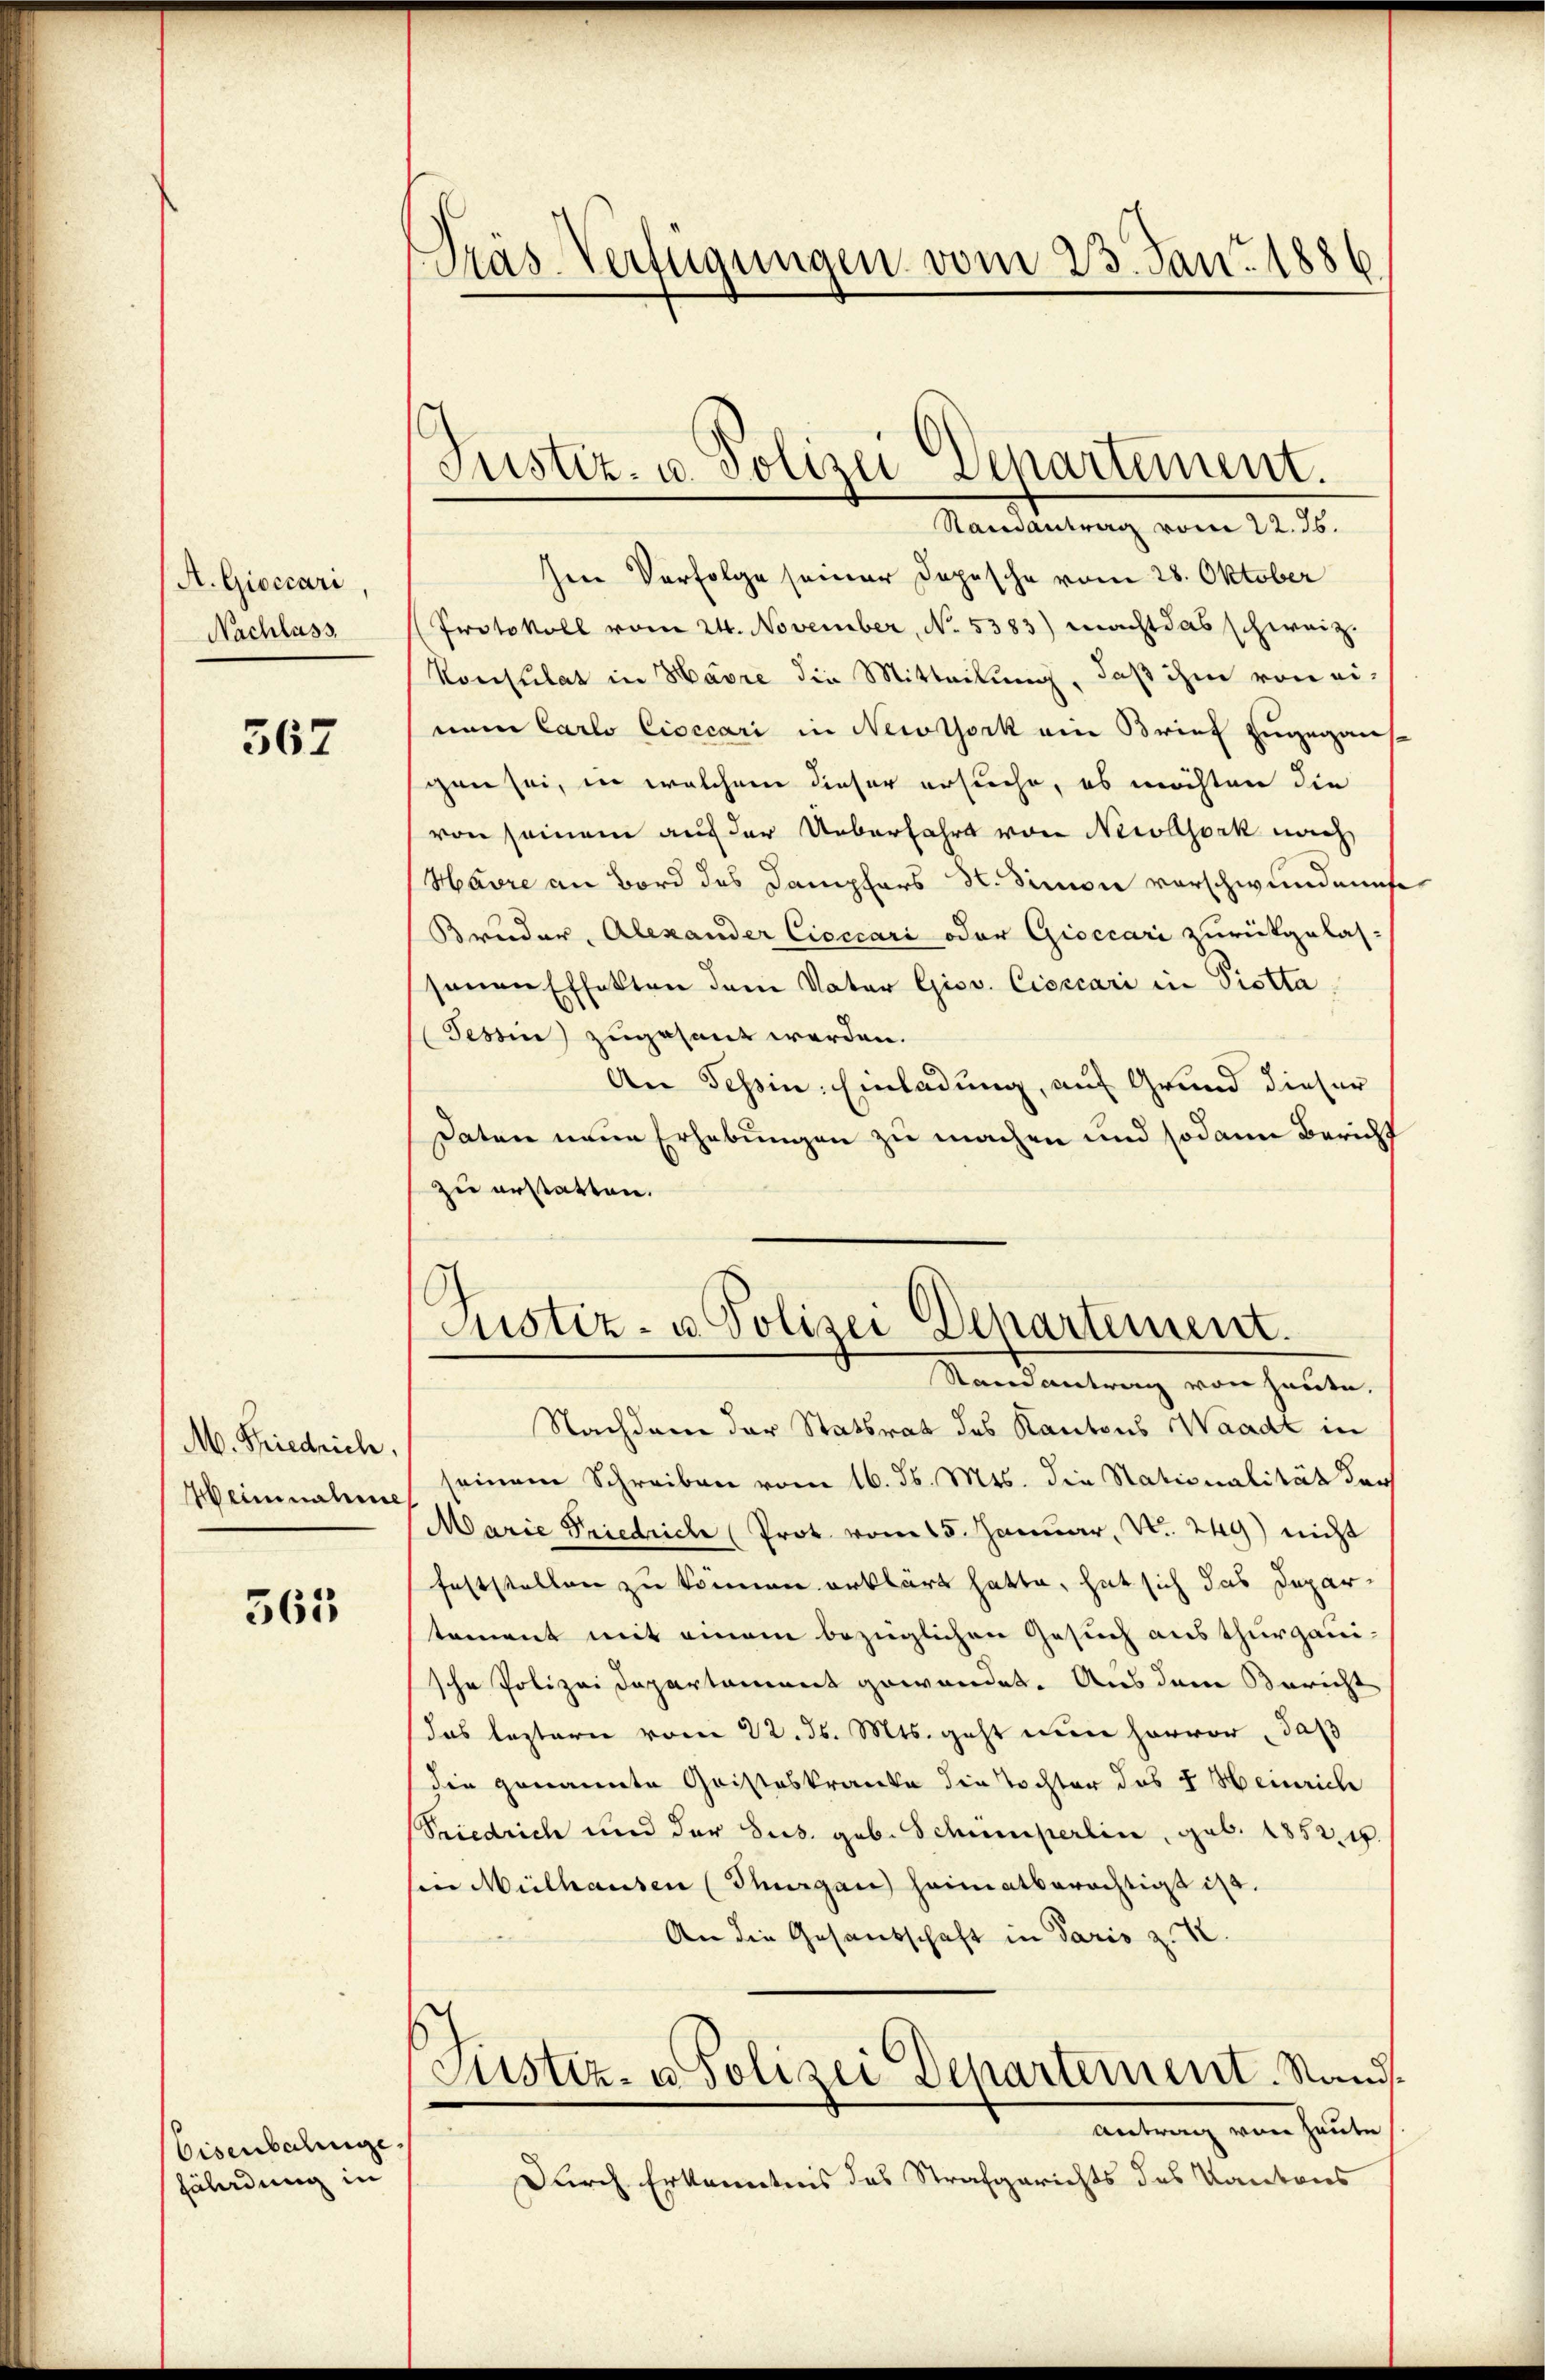
A. Gioccari,
Nachlass

567

M. Friedrich
Weinnahme

361

Eisenbahnge
fährdung in

Präs-Verfügungen vom 23. Jan. 1886

Randantrag vom 22. 36.
here Verfolge seiner Dopische vom 28. Oktober
Protokoll vom 24. November, No. 5383) macht das schweiz.
Konsulat in Havre die Mitteilung, daß ihm von ei-
num Carlo Cioccari in Newtork am Brief zugegan
gen sei, in welchem dieser ersuche, es möchten die
von seinem auf der Ueberfahrt von Nicolork nach
Havre an Bord des Dampfers St. Simon vorschwundenes
Bruder, Alexander Cicecari oder Gioccari zurückgelas-
senen Effekten dem Vater Gisv. Cioccari in Piotta.
Tessin zugesant werden.
An Tessin. Einladung, auf Grund dieser
Daton neue Erhebungen zu machen und sodann Bericht
zu erstatten.
Nachdem der Statsrat des Kantons Waadt in
seinem Schreiben vom 16. d. Mts. die Stationalität der
Marie Friedrich (Prot. vom 15. Januar, No. 249) nicht
feststellen zu können erklärt hatte, hat sich das Departement mit einem bezüglichen Gesuch austhurgauische Polizei Departement gewandet. Aus dem Bericht
das leztern vom 22. ds. Mts. geht nun hervor, daß
(die genannte Cristeskranke die Tochter des 4 Heinrich
Friedrich und der Sus. geb. Schumperlin, geb. 1852 u.
en Mülhausen (Sergan heimatberächtigt ist.
An die Gesandschaft in Paris z. K.
s
Justiz- u Polizei Departement. Sands
Antrag von heute
Durch Erkenntnis das Strafgerichts des Kantons

Justiz- u. Polizei Departement.

Justiz- u. Polizei Departement.
Randantrag von heute.